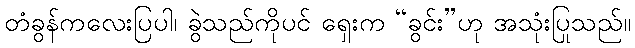
တံခွန်ကလေးပြပါ၊ ခွဲသည်ကိုပင် ရှေးက “ခွင်း”ဟု အသုံးပြုသည်။